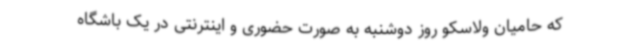
که حامیان ولاسکو روز دوشنبه به صورت حضوری و اینترنتی در یک باشگاه